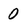
Character: 0